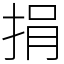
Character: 捐